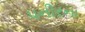
પનીરના